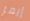
إيمز